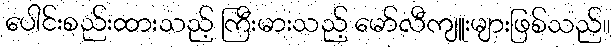
ပေါင်းစည်းထားသည့် ကြီးမားသည့် မော်လီကျူးများဖြစ်သည်။